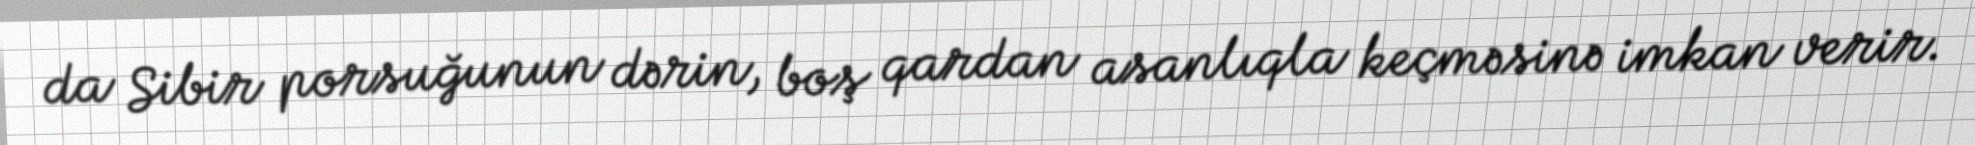
da Sibir porsuğunun dərin, boş qardan asanlıqla keçməsinə imkan verir.